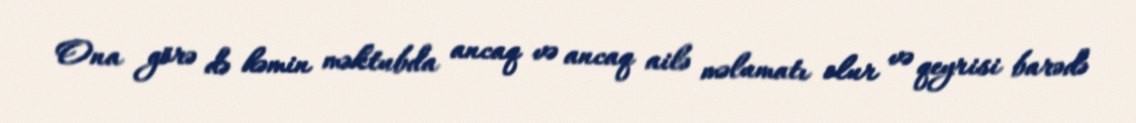
Ona görə də həmin məktubda ancaq və ancaq ailə məlumatı olur və qeyrisi barədə